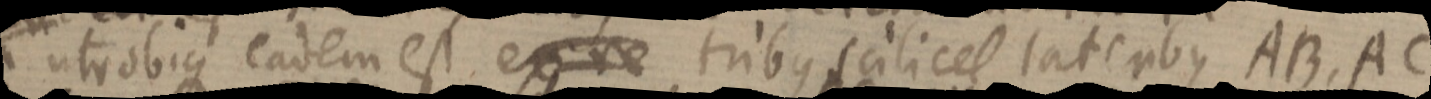
utrobique eadem est, ex re tribus scilicet lateribus AB, AC